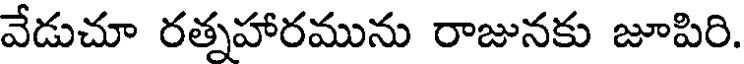
వేడుచూ రత్నహారమును రాజునకు జూపిరి.